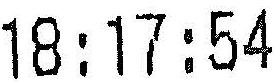
18:17:54